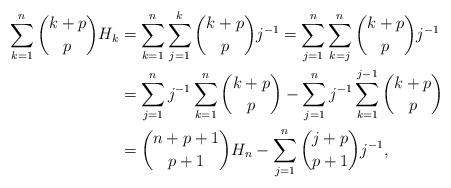
LaTeX: \begin{align*}\sum_{k=1}^{n} \binom{k+p}{p}H_k & = \sum_{k=1}^{n}\sum_{j=1}^{k} \binom{k+p}{p} j^{-1} =\sum_{j=1}^{n}\sum_{k=j}^{n} \binom{k+p}{p} j^{-1} \\& = \sum_{j=1}^{n} j^{-1} \sum_{k=1}^{n} \binom{k+p}{p} - \sum_{j=1}^{n} j^{-1}\sum_{k=1}^{j-1} \binom{k+p}{p} \\& = \binom{n+p+1}{p+1} H_n - \sum_{j=1}^{n} \binom{j+p}{p+1} j^{-1},\end{align*}